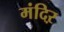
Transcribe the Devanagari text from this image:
मंदिऱ